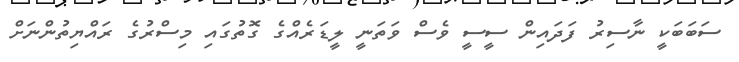
ސަބަބަކީ ނާސިރު ފަދައިން ސީސީ ވެސް ވަތަނީ ލީޑަރެއްގެ ގޮތުގައި މިސްރުގެ ރައްޔިތުންނަށް